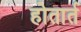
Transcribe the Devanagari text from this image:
होतार्त